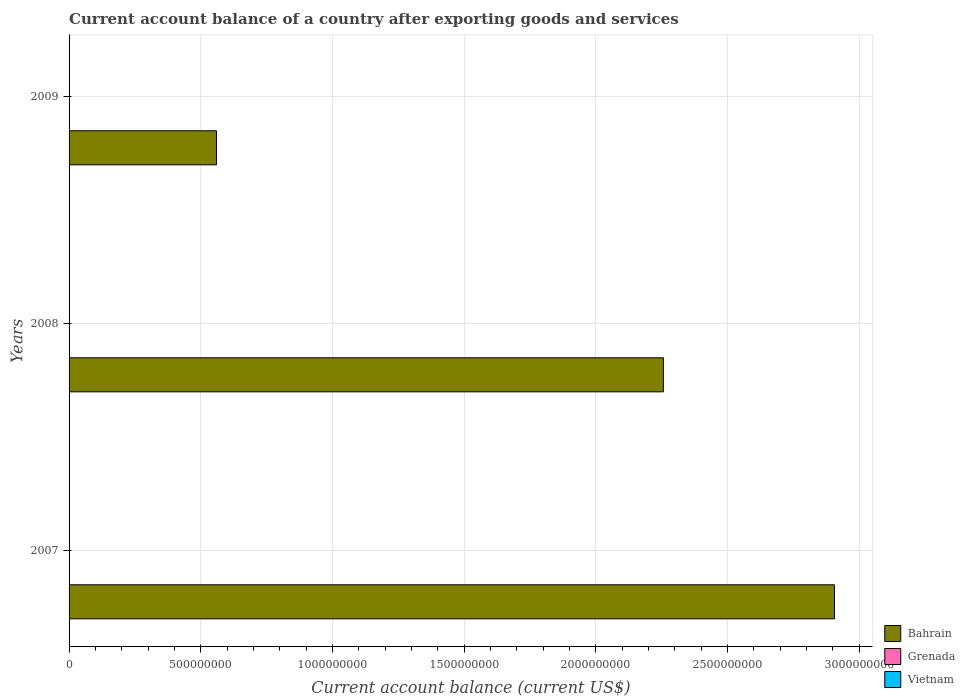
| Years | Bahrain | Grenada | Vietnam |
 | --- | --- | --- | --- |
 | 2007 | 2.91e+09 | -2.42e+08 | -6.95e+09 |
 | 2008 | 2.26e+09 | -2.52e+08 | -1.08e+10 |
 | 2009 | 5.6e+08 | -1.97e+08 | -6.61e+09 |